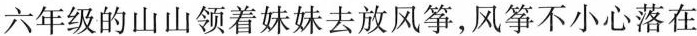
六年级的山山领着妹妹去放风筝，风筝不小心落在